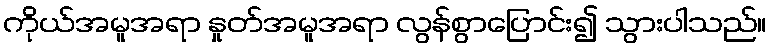
ကိုယ်အမူအရာ နှုတ်အမူအရာ လွန်စွာပြောင်း၍ သွားပါသည်။